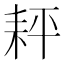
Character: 𦓬